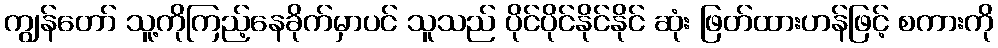
ကျွန်တော် သူ့ကိုကြည့်နေခိုက်မှာပင် သူသည် ပိုင်ပိုင်နိုင်နိုင် ဆုံး ဖြတ်ထားဟန်ဖြင့် စကားကို